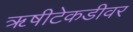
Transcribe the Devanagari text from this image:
ॠषीटेकडीवर